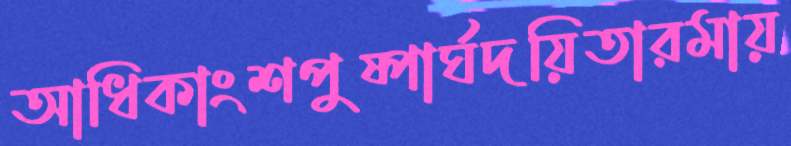
আধিকাংশপুষ্পার্ঘদয়িতারমায়